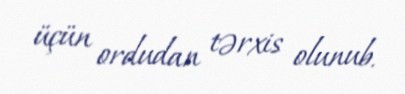
üçün ordudan tərxis olunub.